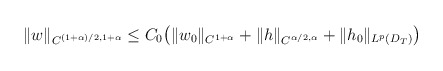
\begin{align*}\begin{aligned}\|w\|_{C^{(1+\alpha)/2,1+\alpha}}\leq C_0\big(\|w_0\|_{C^{1+\alpha}}+\|h\|_{C^{\alpha/2,\alpha}}+\|h_0\|_{L^{p}(D_T)}\big)\end{aligned}\end{align*}